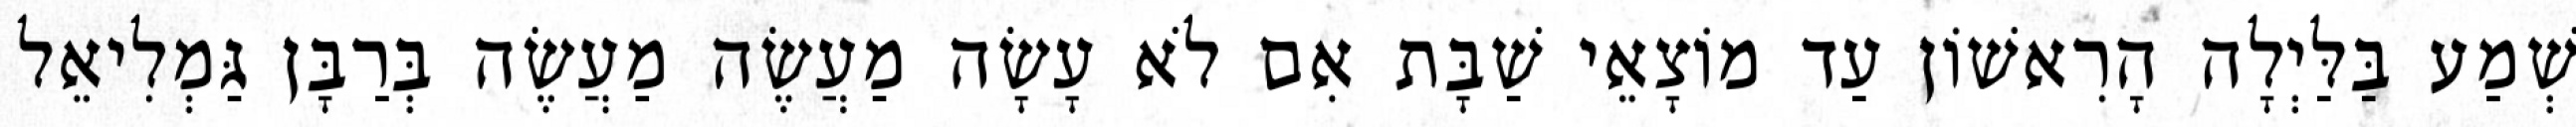
שְׁמַע בַּלַּיְלָה הָרִאשׁוֹן עַד מוֹצָאֵי שַׁבָּת אִם לֹא עָשָׂה מַעֲשֶׂה מַעֲשֶׂה בְּרַבָּן גַּמְלִיאֵל